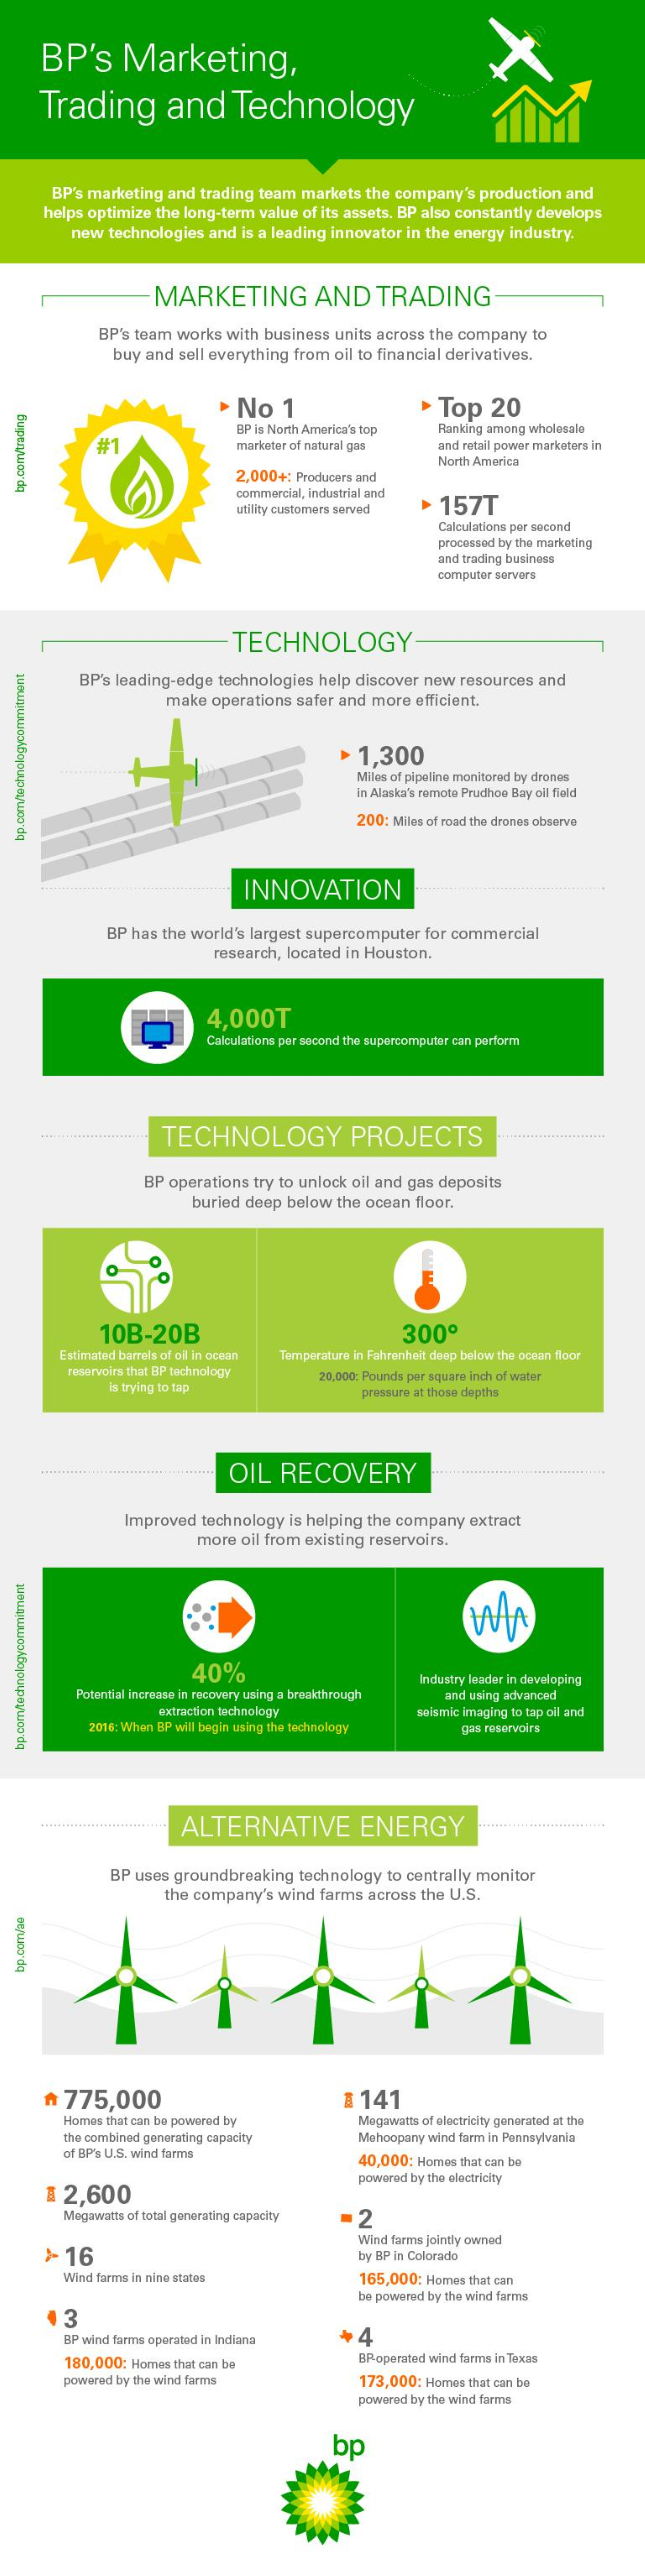
BP's    Marketing,
     Trading    and    Technology
     BP's marketing  and trading team  markets  the company's   production and
     helps optimize the long-term value of its assets. BP also constantly develops
     new  technologies  and is a leading innovator in the energy industry.
     MARKETING    AND    TRADING
     BP's team works  with business  units across the company   to
     buy and sell everything from  oil to financial derivatives.
     No    1    Top    20
     BP is North America's top   Ranking among wholesale
     #1    marketer of natural gas    and retail power marketers in
     2,000+:  Producers and
     North America
     commercial, industrial and
  bp.com/trading
     utility customers served   157T
     Calculations per second
     processed by the marketing
     and trading business
     computer servers
     TECHNOLOGY
     BP's leading-edge  technologies  help discover new  resources and
     make  operations  safer and more  efficient.
     1,300
     Miles of pipeline monitored by drones
     in Alaska's remote Prudhoe Bay oil field
     200: Miles of road the drones observe
  bp.com/technologycommitment
     INNOVATION
     BP has the world's largest supercomputer   for commercial
     research, located in Houston.
     4,000T
     Calculations par second the supercomputer can perform
     TECHNOLOGY    PROJECTS
     BP operations  try to unlock oil and gas deposits
     buried deep below  the ocean  floor.
     10B-20B    300º
     Estimated barrels of of in ocean Temperature in Fahrenheit deep below the ocean floor
     reservoirs that BP technology
     is trying to tap
     20,000: Pounds per square inch of water
     pressure at those depths
     OIL   RECOVERY
     Improved   technology is helping the company   extract
     more  oil from existing reservoirs.
     40%
     Potential increase in recovery using a breakthrough
     Industry leader in developing
     and using advanced
     extraction technology
     2016: When BP will begin using the technology
     seismic imaging to tap cil and
     gas reservoirs
     ALTERNATIVE    ENERGY
     BP uses  groundbreaking   technology  to centrally monitor
     the company's  wind  farms across  the U.S.
  bp.com/se
     775,000    1  141
     Homes that can be powered by
     the combined generating capacity
     Megawatts of electricity generated at the
     Mehoopany wind farm in Pennsylvania
     of BP's U.S. wind farms    40,000: Homes that can be
     ฿  2,600
     powered by the electricity
     Megawatts of total generating capacity  2
     >  16
     Wind farms jointly owned
     by BP in Colorado
     Wind farms in nine states    165,000; Homes that can
     be powered by the wind farms
     3
     BP wind farms operated in Indiana    4
     180,000; Homes that can be    BP-operated wind farms in Toocas
     powered by the wind farms    173,000; Homes that can be
     powered by the wind farms
     bp